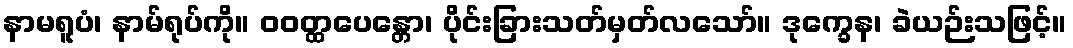
နာမရူပံ၊ နာမ်ရုပ်ကို။ ဝဝတ္ထပေန္တော၊ ပိုင်းခြားသတ်မှတ်လသော်။ ဒုက္ခေန၊ ခဲယဉ်းသဖြင့်။